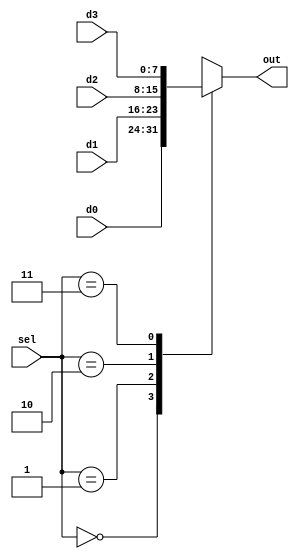
module acc_mux #(parameter N = 8)
(input [N-1:0]d0,d1,d2,d3,
input [1:0] sel,
output reg [N-1:0] out);

always@(*)
	begin 
		case(sel)
		
		2'b00: out <= d0;
		2'b01: out <= d1;
		2'b10: out <= d2;
		2'b11: out <= d3;
		default: out <= d0;
		
		endcase
	end

endmodule